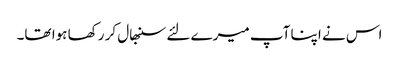
اس نے اپنا آپ میرے لئے سنبھال کر رکھا ہوا تھا۔